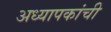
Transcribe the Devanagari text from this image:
अध्यापकांची